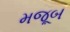
મજૂબ